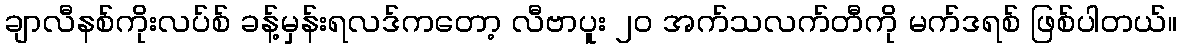
ချာလီနစ်ကိုးလပ်စ် ခန့်မှန်းရလဒ်ကတော့ လီဗာပူး ၂၀ အက်သလက်တီကို မက်ဒရစ် ဖြစ်ပါတယ်။